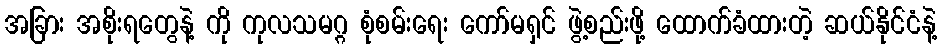
အခြား အစိုးရတွေနဲ့ ကို ကုလသမဂ္ဂ စုံစမ်းရေး ကော်မရှင် ဖွဲ့စည်းဖို့ ထောက်ခံထားတဲ့ ဆယ်နိုင်ငံနဲ့